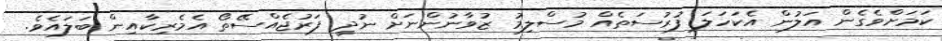
ކަމަށްވެގެން އަލުން އެކަހަލަ ފުރުސަތެއް މުސްލިމު ޒުވާނުންނަށް ނުދީ ފަރުޖެއްސޭތޯ އެމެރިކާއިން ބަލައެވެ.